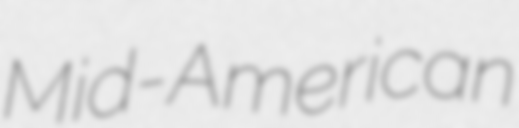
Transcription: Mid-American